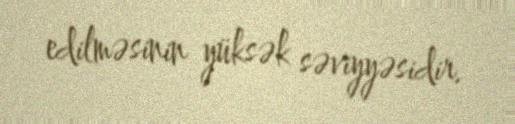
edilməsinin yüksək səviyyəsidir.